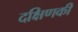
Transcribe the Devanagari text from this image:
दक्षिणकी